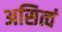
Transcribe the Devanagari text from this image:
असित्वं